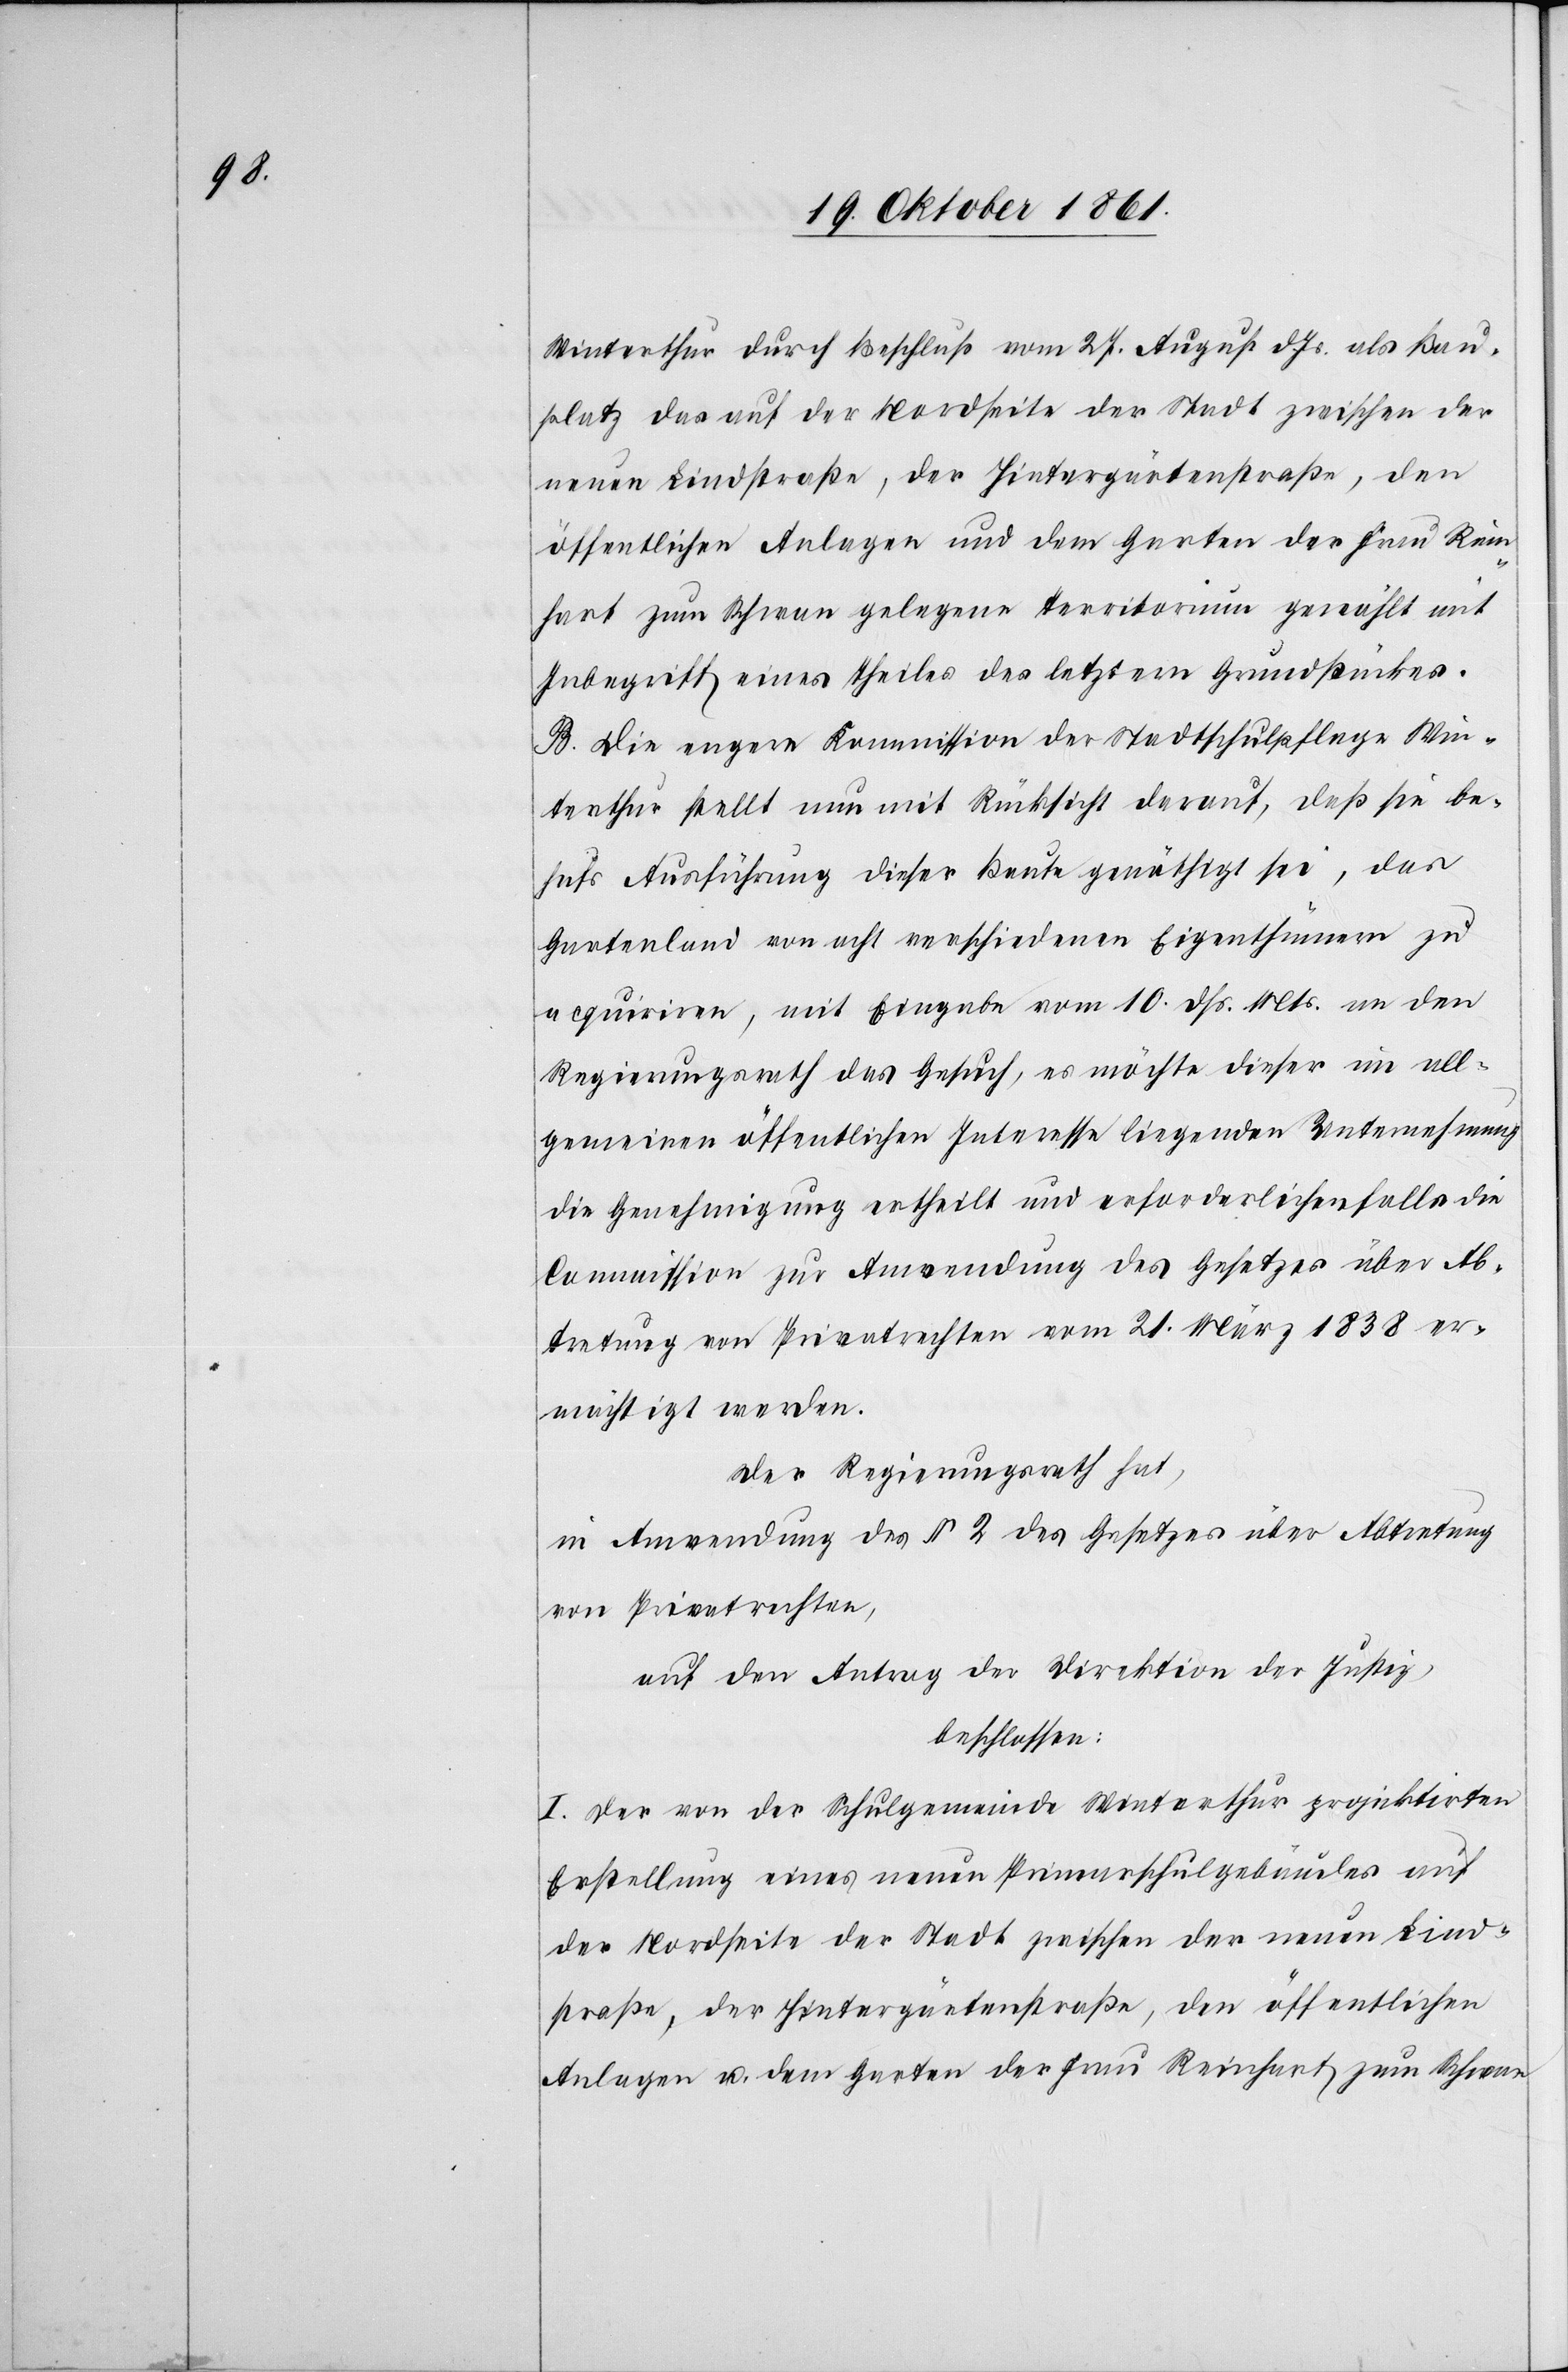
Winterthur durch Beschluß vom 27 August d. Js. als Bau¬
platz das auf der Nordseite der Stadt zwischen der
neuen Lindstraße, der Hintergärtenstraße, den
öffentlichen Anlagen und dem Garten der Frau Rein¬
hart zum Schwan gelegene Territorium gewählt mit
Inbegriff eines Theiles des letztern Grundstückes.
B. Die engere Kommission der Stadtschulpflege Win¬
terthur stellt nun mit Rücksicht darauf, daß sie be¬
hufs Ausführung dieser Baute genöthigt sei, das
Gartenland von acht verschiedenen Eigenthümern zu
requiriren, mit Eingabe vom 10 dß. Mts. an den
Regierungsrath das Gesuch, es möchte dieser im all¬
gemeinen öffentlichen Interesse liegenden Unternehmung
die Genehmigung ertheilt und erforderlichenfalls die
Commission zur Anwendung des Gesetzes über Ab¬
tretung von Privatrechten vom 21 März 1838 er¬
mächtigt werden.
Der Regierungsrath hat,
in Anwendung des § 2 des Gesetzes über Abtretung
von Privatrechten,
auf den Antrag der Direktion der Justiz,
beschlossen:
I. Der von der Schulgemeinde Winterthur projektirten
Bestellung eines neuen Primarschulgebäudes auf
der Nordseite der Stadt zwischen der neuen Lind¬
straße, der Hintergärtenstraße, den öffentlichen
Anlagen u. dem Garten der Frau Reinhart zum Schwan